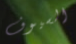
السيوف